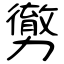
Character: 勶